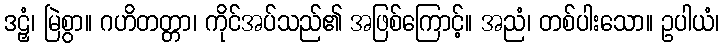
ဒဠှံ၊ မြဲစွာ။ ဂဟိတတ္တာ၊ ကိုင်အပ်သည်၏ အဖြစ်ကြောင့်။ အညံ၊ တစ်ပါးသော။ ဥပါယံ၊